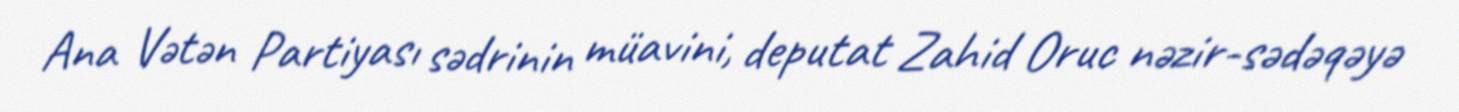
Ana Vətən Partiyası sədrinin müavini, deputat Zahid Oruc nəzir-sədəqəyə